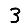
Digit: 3